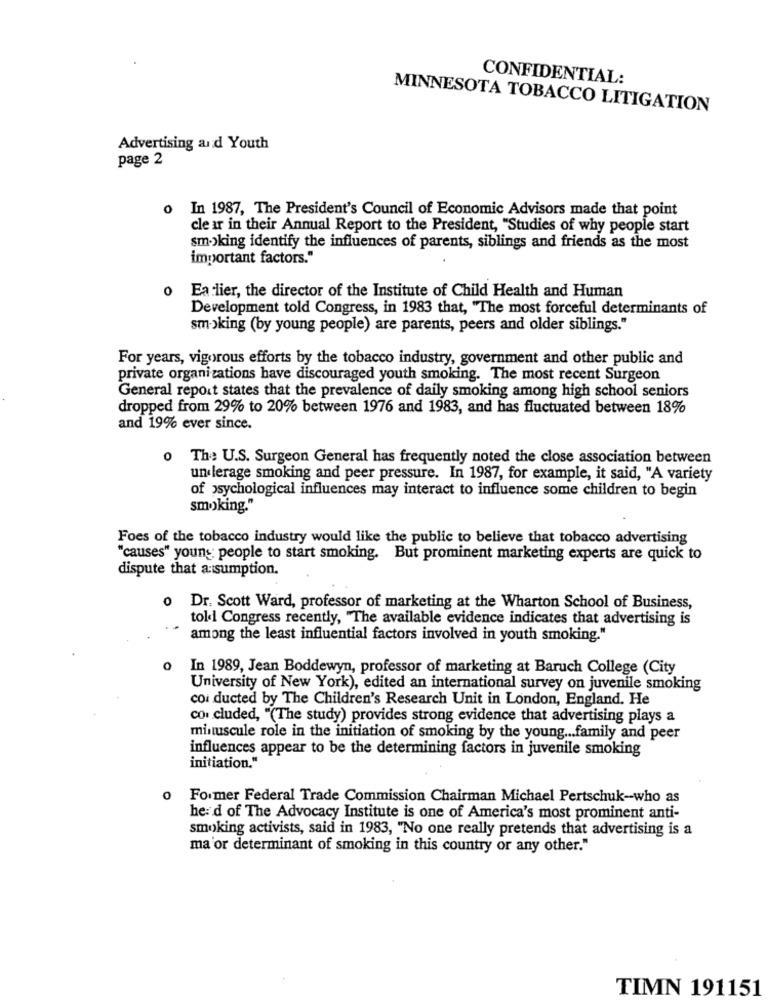
CONFIDENTIAL:
MINNESOTA TOBACCO LITIGATION
Advertising and Youth
page 2
o In 1987, The President's Council of Economic Advisors made that point
cle ar in their Annual Report to the President, "Studies of why people start
smoking identify the influences of parents, siblings and friends as the most
important factors."
o Earlier, the director of the Institute of Child Health and Human
Development told Congress, in 1983 that, "The most forceful determinants of
smoking (by young people) are parents, peers and older siblings."
For years, vigorous efforts by the tobacco industry, government and other public and
private organizations have discouraged youth smoking. The most recent Surgeon
General report states that the prevalence of daily smoking among high school seniors
dropped from 29% to 20% between 1976 and 1983, and has fluctuated between 18%
and 19% ever since.
0
The U.S. Surgeon General has frequently noted the close association between
un lerage smoking and peer pressure. In 1987, for example, it said, "A variety
of psychological influences may interact to influence some children to begin
smoking."
Foes of the tobacco industry would like the public to believe that tobacco advertising
"causes" young people to start smoking. But prominent marketing experts are quick to
dispute that a:sumption.
o Dr. Scott Ward, professor of marketing at the Wharton School of Business,
told Congress recently, "The available evidence indicates that advertising is
among the least influential factors involved in youth smoking."
o In 1989, Jean Boddewyn, professor of marketing at Baruch College (City
University of New York), edited an international survey on juvenile smoking
coi ducted by The Children's Research Unit in London, England. He
co. cluded, "(The study) provides strong evidence that advertising plays a
minuscule role in the initiation of smoking by the young ... family and peer
influences appear to be the determining factors in juvenile smoking
initiation."
Former Federal Trade Commission Chairman Michael Pertschuk-who as
he: d of The Advocacy Institute is one of America's most prominent anti-
smoking activists, said in 1983, "No one really pretends that advertising is a
ma or determinant of smoking in this country or any other."
TIMN 191151